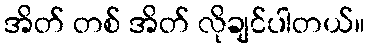
အိတ် တစ် အိတ် လိုချင်ပါတယ်။